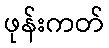
ဖုန်းကတ်